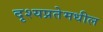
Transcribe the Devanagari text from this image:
दृश्यप्रतेमधील